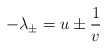
\begin{align*}-\lambda _{\pm }=u\pm \frac{1}{v}\end{align*}